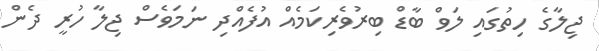
ޖިލާގެ ހިތުގައި ލަވް ބާޑް ބިރުވެރިކަމެއް އުފެއްދި ނަމަވެސް ޖިލާ ހުރީ ދެން